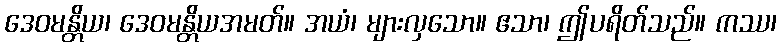
ဒေဝမန္တိယ၊ ဒေဝမန္တိယအမတ်။ အယံ၊ များလှသော။ ဧသာ၊ ဤပရိတ်သည်။ ကဿ၊